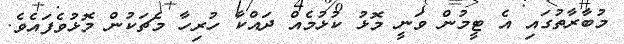
މުބާރާތުގައި އެ ޓީމުން ވަނީ މޮޅު ކުޅުމެއް ދައްކާ ހުރިހާ މެޗަކުން މޮޅުވެފައެވެ.